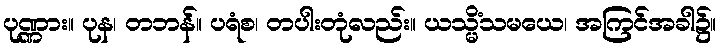
ပုဏ္ဏား။ ပုန၊ တဘန်။ ပရံစ၊ တပါးတုံလည်း။ ယသ္မိံသမယေ၊ အကြင်အခါ၌။